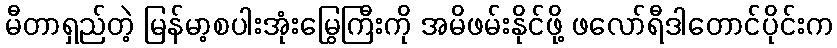
မီတာရှည်တဲ့ မြန်မာ့စပါးအုံးမြွေကြီးကို အမိဖမ်းနိုင်ဖို့ ဖလော်ရီဒါတောင်ပိုင်းက